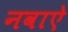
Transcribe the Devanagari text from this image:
नवाऐ